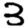
Digit: 3